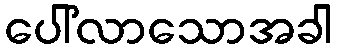
ပေါ်လာသောအခါ